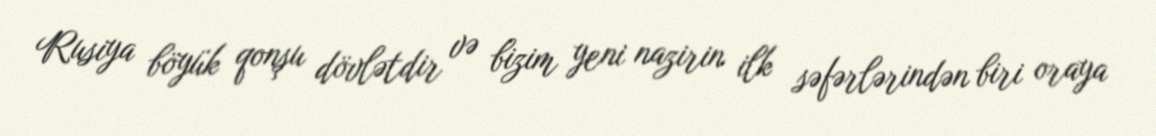
Rusiya böyük qonşu dövlətdir və bizim yeni nazirin ilk səfərlərindən biri oraya